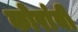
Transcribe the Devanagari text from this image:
कोरांबी